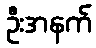
ဦးအနက်